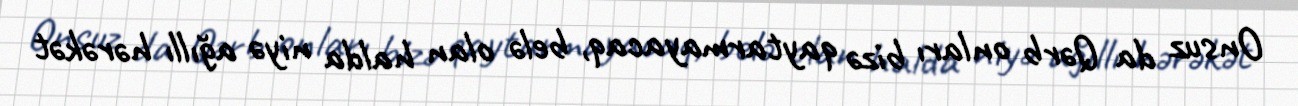
Onsuz da Qərb onları bizə qaytarmayacaq, belə olan halda niyə ağıllı hərəkət